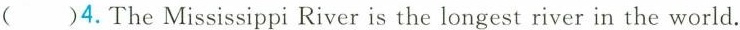
( )4.The Mississippi River is the longest river in the world.